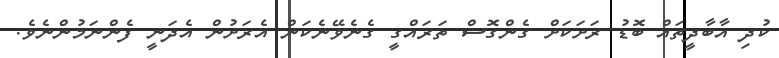
ކުދި އާބާދީތައް ބޮޑު ރަށަކަށް ގެންގޮސް ތަރައްގީ ގެނެވޭނެކަން އެރަށުން އެދަނީ ފެންނަމުންނެވެ.